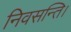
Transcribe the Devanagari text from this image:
निवसन्ति।